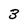
Character: 3